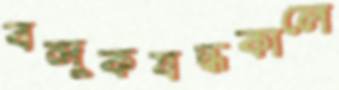
বন্দুকযদ্ধকালে